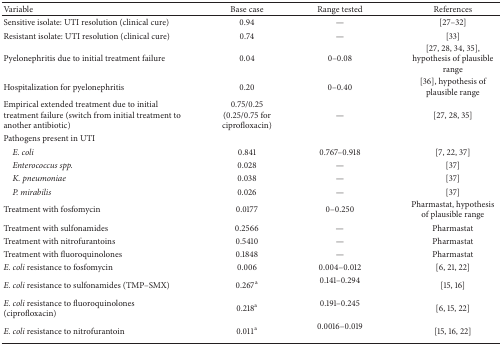
| Variable | Base case | Range tested | References |
 | --- | --- | --- | --- |
 | Sensitive isolate: UTI resolution (clinical cure) | 0.94 | — | [27–32] |
 | Resistant isolate: UTI resolution (clinical cure) | 0.74 | — | [33] |
 | Pyelonephritis due to initial treatment failure | 0.04 | 0–0.08 | [27, 28, 34, 35], hypothesis of plausible range |
 | Hospitalization for pyelonephritis | 0.20 | 0–0.40 | [36], hypothesis of plausible range |
 | Empirical extended treatment due to initial treatment failure (switch from initial treatment to another antibiotic) | 0.75/0.25(0.25/0.75 for ciprofloxacin) | — | [27, 28, 35] |
 | Pathogens present in UTI |  |  |  |
 | E. coli | 0.841 | 0.767–0.918 | [7, 22, 37] |
 | Enterococcus spp. | 0.028 | — | [37] |
 | K. pneumoniae | 0.038 | — | [37] |
 | P. mirabilis | 0.026 | — | [37] |
 | Treatment with fosfomycin | 0.0177 | 0–0.250 | Pharmastat, hypothesis of plausible range |
 | Treatment with sulfonamides | 0.2566 | — | Pharmastat |
 | Treatment with nitrofurantoins | 0.5410 | — | Pharmastat |
 | Treatment with fluoroquinolones | 0.1848 | — | Pharmastat |
 | E. coli resistance to fosfomycin | 0.006 | 0.004–0.012 | [6, 21, 22] |
 | E. coli resistance to sulfonamides (TMP–SMX) | 0.267a | 0.141–0.294 | [15, 16] |
 | E. coli resistance to fluoroquinolones (ciprofloxacin) | 0.218a | 0.191–0.245 | [6, 15, 22] |
 | E. coli resistance to nitrofurantoin | 0.011a | 0.0016–0.019 | [15, 16, 22] |